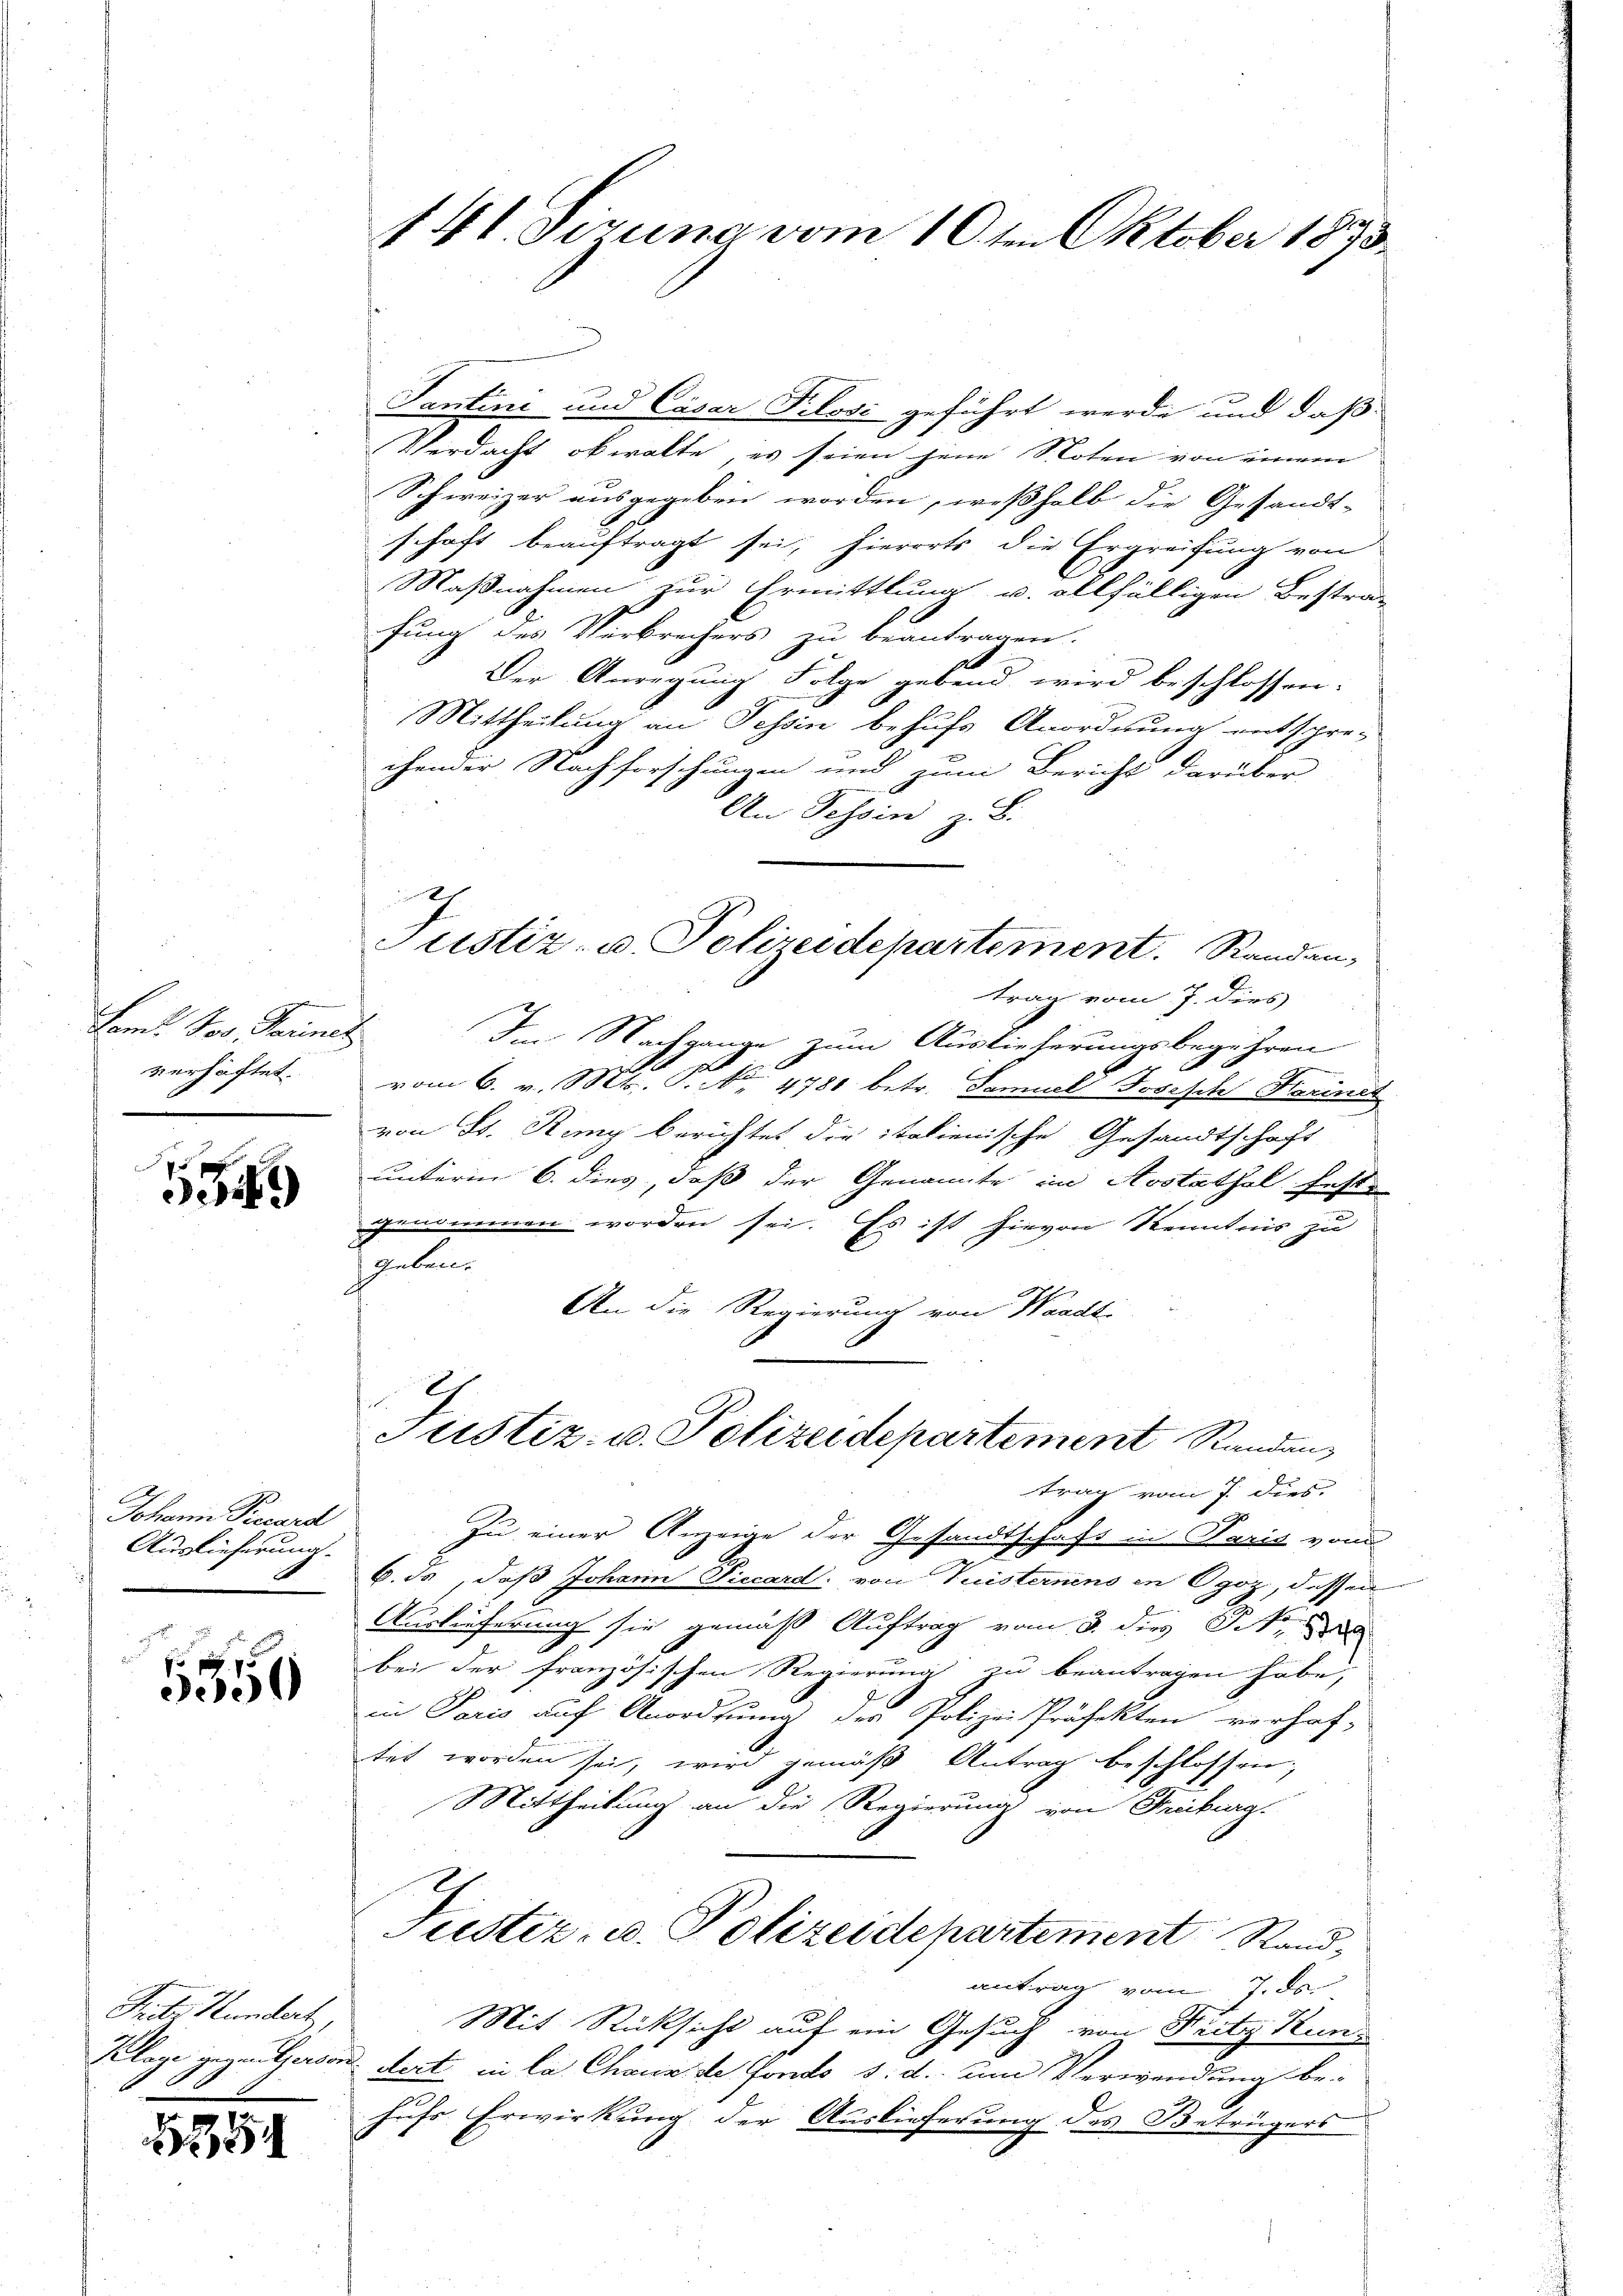
fend der Kammen
verhaftet.

15569

Johann Precard
Auslieferung.

5350

Frates Hundert,

1254

141. Sizung vom 10ten Oktober 1873.

Tantini und Cäsar Pilosi geführt werde und daß
Verdacht obwalte, es seien jene Noten von einem
Schweizer ausgegeben worden, weßhalb die Gesandt-
schaft beauftragt sei, hierorts die Ergreifung von
Maßnahmen zur Ermittlung u. allfälligen Bestra-
fung des Verbrechers zu beantragen.
Der Anregung Folge gebend wird beschlossen:
Mittheilung an Tessin behufs Anordnung entspre-
chender Nachforschungen und zum Bericht darüber
An Tessin z. B.
Justiz- u. Polizeidepartement. Standen,
trag vom 7. dies
s
Im Nachgange zum Auslieferungsbegehren
vom 6. v. Mt. P. No 4781. betr. Samuel Josasch Sierinit
von Hs. Ring berichtet die italienische Gesandtschaft
unterm 6. dies, daß der Genannte im Aostathal fest-
genommen worden sei. Es ist hievon Kenntnis zu
geben.
An die Regierung von Waadt-

E
Justiz- u. Polizeidepartement Randantrag vom 7. dies

Zu einer Anzeige der Gesandtschaft in Paris von
u
6. ds, daß Johann Piecard: von Vuisternens in Ogoz, dessen
Auslieferung sie gemäß Auftrag vom 3. dies St.
bei der französischen Regierung zu beantragen habe,
in Paris auf Anordnung der Polizei Präfekten verhaf-
tet worden sei, wird gemäß Antrag beschlossen;
Mittheilung an die Regierung von Freiburg.
Fiester- u. Polizeidepartement Stand,
antrag vom 7. de
Mit Rücksicht auf ein Gesuch von Fritz Kun¬
Klage gegensperson dort in la Chaus de fondo s. d. um Verwendung be-
hufs Erwirkung der Auslieferung des Betrügers